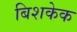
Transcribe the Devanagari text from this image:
बिशकेक